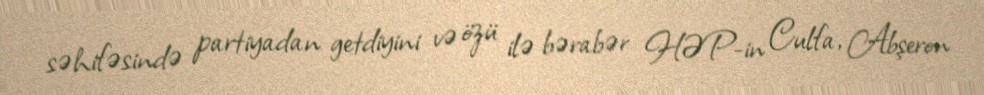
səhifəsində partiyadan getdiyini və özü ilə bərabər HƏP-in Culfa, Abşeron